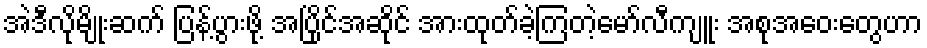
အဲဒီလိုမျိုးဆက် ပြန့်ပွားဖို့ အပြိုင်အဆိုင် အားထုတ်ခဲ့ကြတဲ့မော်လီကျူး အစုအဝေးတွေဟာ